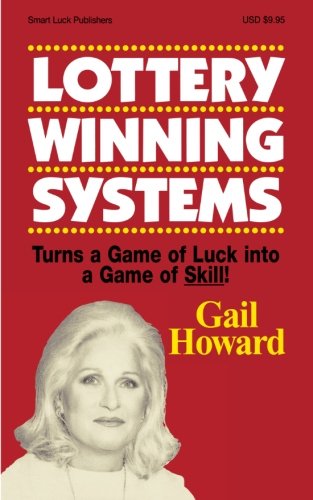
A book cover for Lottery Winning Systems; Gail Howard; Humor & Entertainment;